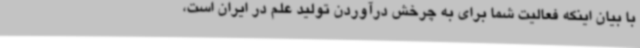
با بیان اینکه فعالیت شما برای به چرخش درآوردن تولید علم در ایران است،